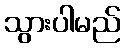
သွားပါမည်